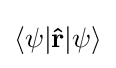
\langle \psi |\mathbf {\hat {r}} |\psi \rangle